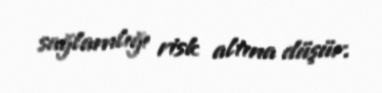
sağlamlığı risk altına düşür.